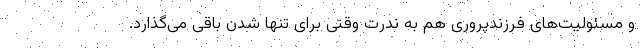
و مسئولیت‌های فرزندپروری هم به ندرت وقتی برای تنها شدن باقی می‌گذارد.